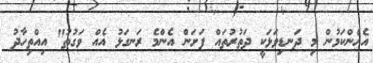
އެހެންކަމުން މި ދަނޑިވަޅަކީ ދަތުރުތައް ފަށަން އެންމެ ރަނގަޅު އެއް ވަގުތު" އިއްތިހާދު